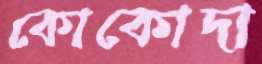
কোকোদা